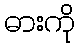
ဓားကို